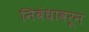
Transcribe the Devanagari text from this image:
निबंधावरून